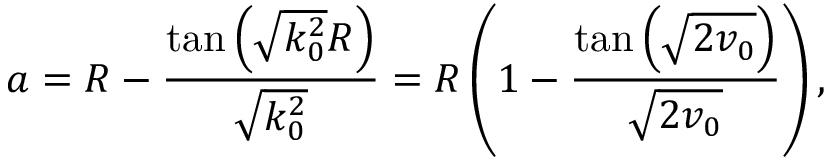
a = R - \frac { \tan \left( \sqrt { k _ { 0 } ^ { 2 } } R \right) } { \sqrt { k _ { 0 } ^ { 2 } } } = R \left( 1 - \frac { \tan \left( \sqrt { 2 v _ { 0 } } \right) } { \sqrt { 2 v _ { 0 } } } \right) ,